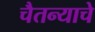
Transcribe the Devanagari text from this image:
चैतन्याचे